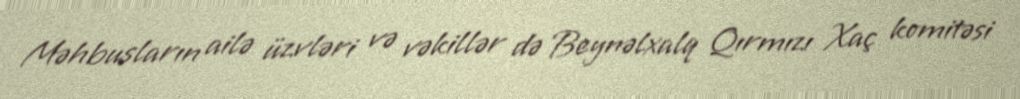
Məhbusların ailə üzvləri və vəkillər də Beynəlxalq Qırmızı Xaç komitəsi